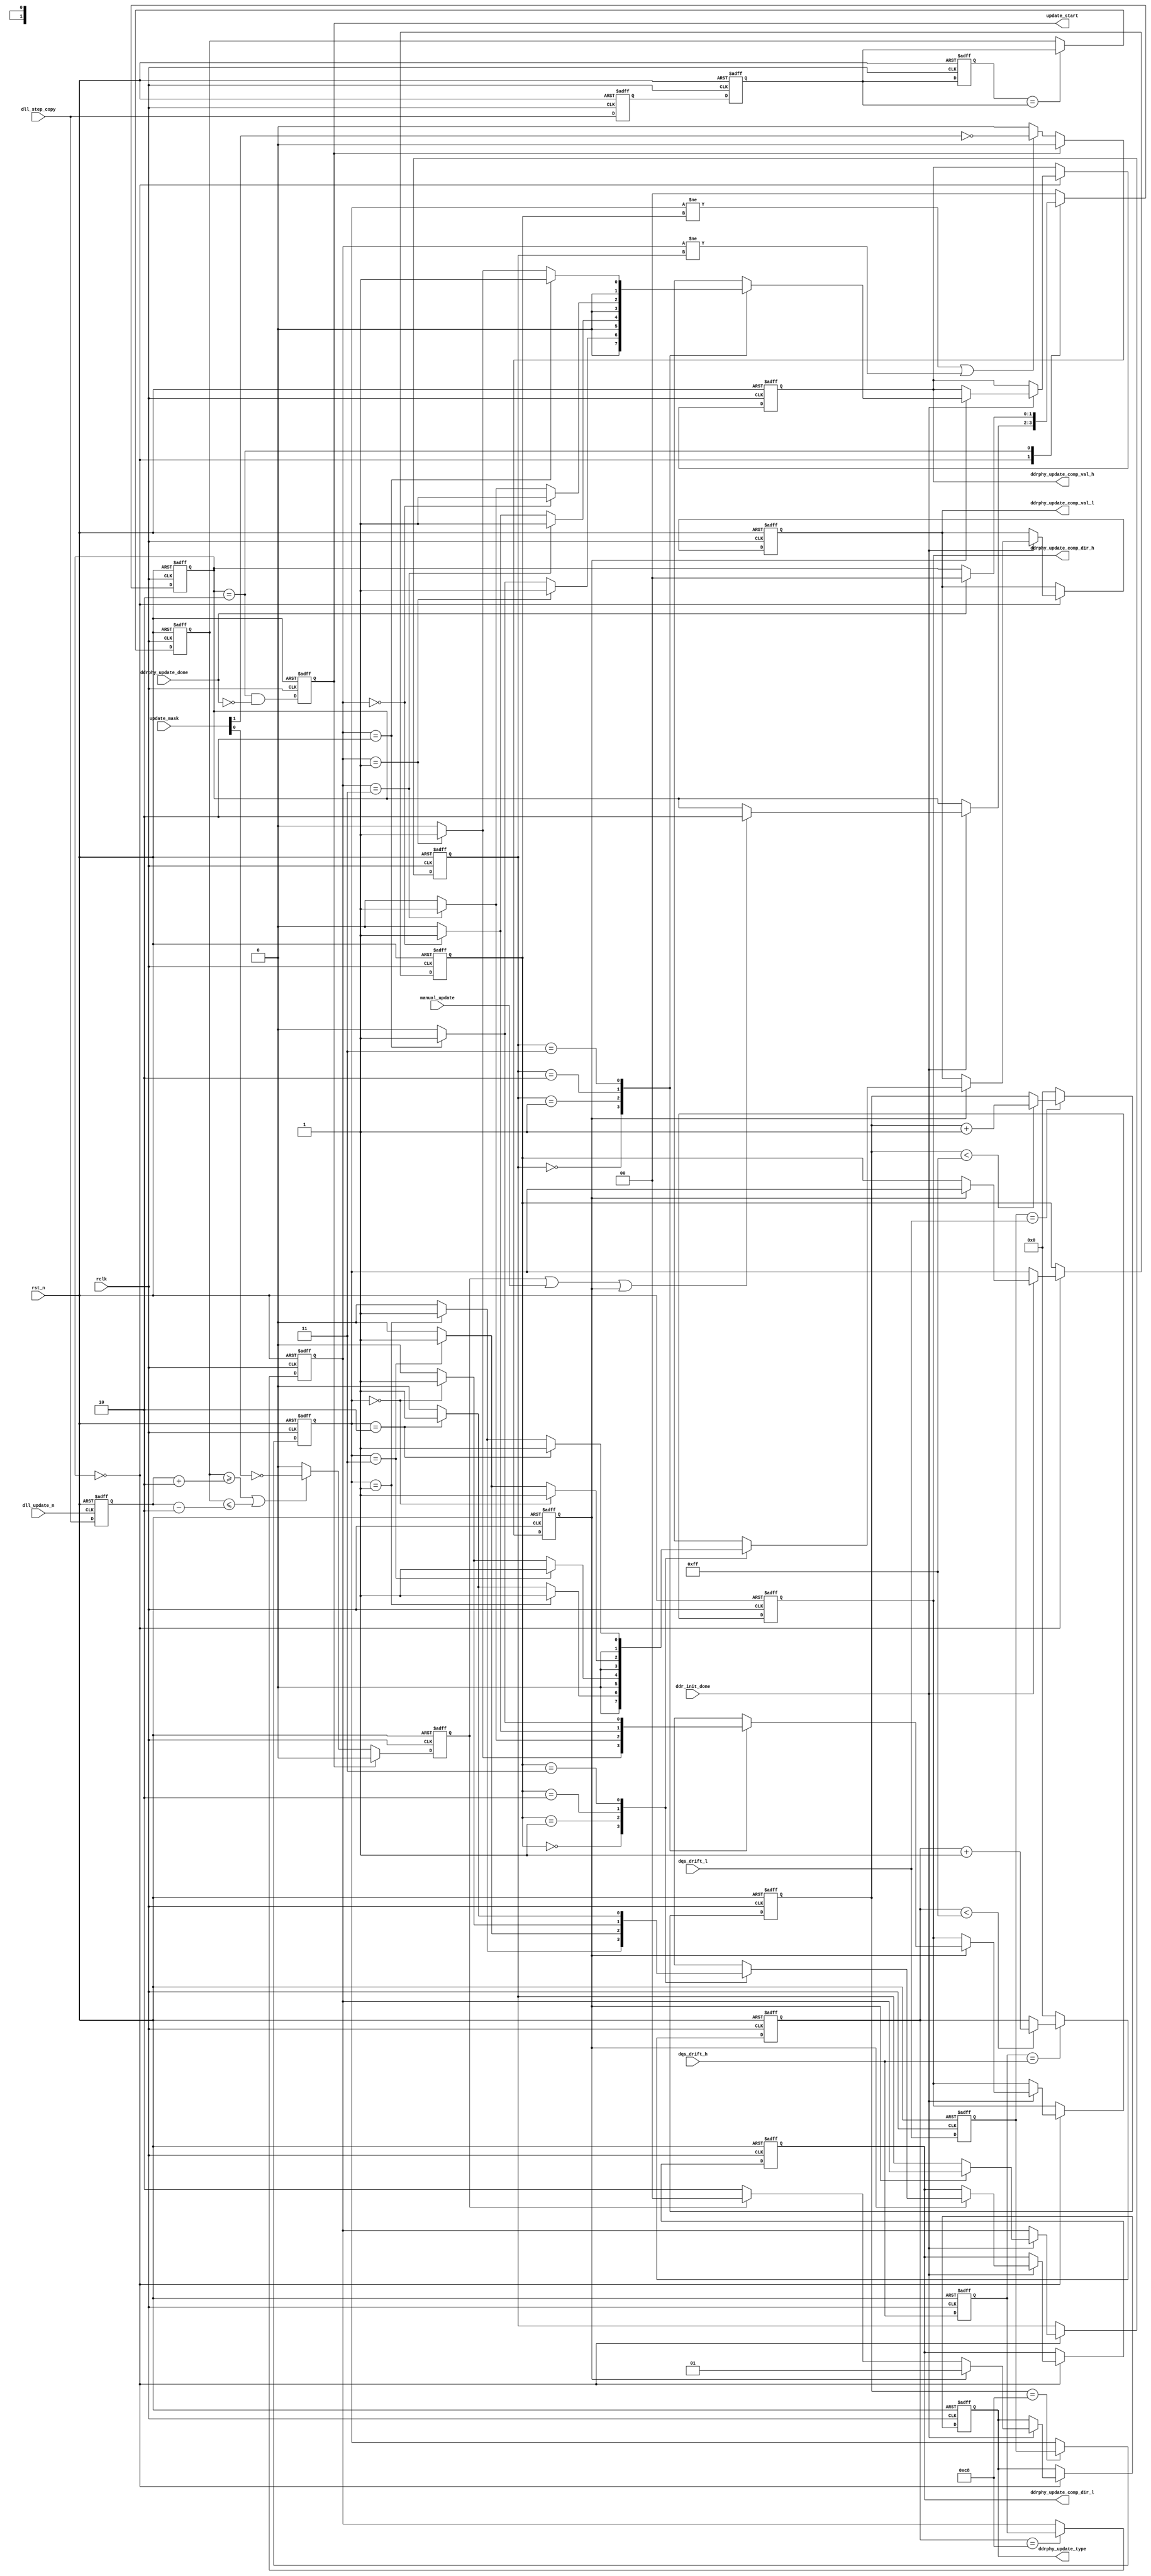
module ipsl_ddrphy_update_ctrl #(
parameter  DATA_WIDTH   ="16BIT" //"16BIT","8BIT"
)(
input rclk,
input rst_n,
input dll_update_n,
input ddr_init_done,
input [7:0] dll_step_copy, //from DLL to monitor outputs
input [1:0] dqs_drift_l,
input [1:0] dqs_drift_h,
input  manual_update,
input  [2:0] update_mask,
output reg update_start,
output reg [1:0] ddrphy_update_type,
output reg [1:0] ddrphy_update_comp_val_l,
output reg ddrphy_update_comp_dir_l,
output reg [1:0] ddrphy_update_comp_val_h ,
output reg ddrphy_update_comp_dir_h,
input  ddrphy_update_done
);

localparam DLL_OFFSET = 2; //offset between dll_step&dll_step_copy for dll_update generation
localparam IDLE       = 0;
localparam REQ        = 1;
localparam UPDATE     = 2;
localparam WAIT_END   = 3;

localparam DQSH_REQ_EN = (DATA_WIDTH=="16BIT") ? 1'b1 : 1'b0;

reg [7:0] last_dll_step;
reg [7:0] dll_step_copy_d1;
reg [7:0] dll_step_copy_d2;
reg [7:0] dll_step_copy_d3;
reg [7:0] dll_step_copy_synced;
reg [1:0] dqs_drift_l_d1;
reg [1:0] dqs_drift_h_d1;
reg [7:0] dqs_drift_l_cnt;
reg [7:0] dqs_drift_h_cnt;
reg [1:0] dqs_drift_l_now;
reg [1:0] dqs_drift_h_now;
reg [1:0] dqs_drift_l_last;
reg [1:0] dqs_drift_h_last;
reg dll_req;
reg dqsi_dpi_mon_req;
reg dly_loop_mon_req;
reg [1:0] state;
reg dqs_drift_req;

reg [1:0] ddrphy_update_comp_val_l_reg;
reg ddrphy_update_comp_dir_l_reg;
reg [1:0] ddrphy_update_comp_val_h_reg ;
reg ddrphy_update_comp_dir_h_reg;

always @(posedge dll_update_n or negedge rst_n)
if(!rst_n)begin
    last_dll_step <= 8'd0;
end
else begin
    last_dll_step <= dll_step_copy;
end
//**********************************************************************************************************************
//DLL update request generation
always @(posedge rclk or negedge rst_n)
   if (!rst_n) begin
   	dll_step_copy_d1     <= 8'd0;
   	dll_step_copy_d2     <= 8'd0;
   	dll_step_copy_d3     <= 8'd0;
   	dll_step_copy_synced <= 8'd0;
   end
   else begin
   	dll_step_copy_d1     <= dll_step_copy;
   	dll_step_copy_d2     <= dll_step_copy_d1;
   	dll_step_copy_d3     <= dll_step_copy_d2;
      //assume that dll_step_copy will not updated continuously
   	if (dll_step_copy_d3 == dll_step_copy_d2)
         dll_step_copy_synced <= dll_step_copy_d2;
   end


wire [7:0] dll_step_minus = last_dll_step - DLL_OFFSET;
wire [7:0] dll_step_plus  = last_dll_step + DLL_OFFSET;

always @(posedge rclk or negedge rst_n)
   if (!rst_n) begin
   	dll_req <= 1'b0;
   end
   else begin
   	if (~update_start) begin
         if ((dll_step_copy_synced >= dll_step_plus) || (dll_step_copy_synced <= dll_step_minus))
            dll_req <= ~update_mask[0];
         else
         dll_req <= 1'b0;
   	end
   	else begin
         dll_req <= 1'b0;
   	end
   end




always @(posedge rclk or negedge rst_n)
begin
 if (!rst_n) begin
 dqs_drift_l_d1 <= 2'b00;
 dqs_drift_l_cnt<= 8'd0; 
 dqs_drift_l_now <= 2'b00;       
  end
  else begin
 dqs_drift_l_d1 <= dqs_drift_l;    
 if(dqs_drift_l_d1==dqs_drift_l) begin
    if(dqs_drift_l_cnt < 8'd255) 
    dqs_drift_l_cnt <= dqs_drift_l_cnt + 8'd1;
end
else dqs_drift_l_cnt <= 8'd0;
 if(dqs_drift_l_cnt == 8'd200)
 dqs_drift_l_now <= dqs_drift_l_d1;
end
end

always @(posedge rclk or negedge rst_n)
begin
 if (!rst_n) begin
 dqs_drift_h_d1 <= 2'b00;
 dqs_drift_h_cnt<= 8'd0; 
 dqs_drift_h_now <= 2'b00;       
  end
  else begin
 dqs_drift_h_d1 <= dqs_drift_h;    
 if(dqs_drift_h_d1==dqs_drift_h) begin
    if(dqs_drift_h_cnt < 8'd255)
    dqs_drift_h_cnt <= dqs_drift_h_cnt + 8'd1;
end
else dqs_drift_h_cnt <= 8'd0;
 if(dqs_drift_h_cnt == 8'd200)
 dqs_drift_h_now <= dqs_drift_h_d1;
end
end


always @(posedge rclk or negedge rst_n)
   if (!rst_n) begin
   	dqs_drift_req <= 1'b0;
   end
   else begin
   	if (~update_start) begin
         if ((dqs_drift_l_now != dqs_drift_l_last)||((dqs_drift_h_now != dqs_drift_h_last) & DQSH_REQ_EN))
         begin
            dqs_drift_req <= ~update_mask[1];
       end 
       else
           dqs_drift_req <= 0;
   	end
   	else begin
         dqs_drift_req <= 1'b0;
   	end
   end

always @(dqs_drift_l_last or dqs_drift_l_now)
begin
    case (dqs_drift_l_last)
        2'b00:begin
            if (dqs_drift_l_now == 2'b01) begin
               ddrphy_update_comp_val_l_reg <= 2'b1;
               ddrphy_update_comp_dir_l_reg <= 1'b1; 
            end
            else if (dqs_drift_l_now == 2'b10) begin
               ddrphy_update_comp_val_l_reg <= 2'b1;
               ddrphy_update_comp_dir_l_reg <= 1'b0;                 
            end
            else begin
               ddrphy_update_comp_val_l_reg <= 2'b0;
               ddrphy_update_comp_dir_l_reg <= 1'b0;  
            end
        end
        2'b01:begin
             if (dqs_drift_l_now == 2'b11) begin
               ddrphy_update_comp_val_l_reg <= 2'b1;
               ddrphy_update_comp_dir_l_reg <= 1'b1; 
            end
            else if (dqs_drift_l_now == 2'b00) begin
               ddrphy_update_comp_val_l_reg <= 2'b1;
               ddrphy_update_comp_dir_l_reg <= 1'b0;                 
            end
            else begin
               ddrphy_update_comp_val_l_reg <= 2'b0;
               ddrphy_update_comp_dir_l_reg <= 1'b0;  
            end
        end
        2'b10:begin
             if (dqs_drift_l_now == 2'b00) begin
               ddrphy_update_comp_val_l_reg <= 2'b1;
               ddrphy_update_comp_dir_l_reg <= 1'b1; 
            end
            else if (dqs_drift_l_now == 2'b11) begin
               ddrphy_update_comp_val_l_reg <= 2'b1;
               ddrphy_update_comp_dir_l_reg <= 1'b0;                 
            end
            else begin
               ddrphy_update_comp_val_l_reg <= 2'b0;
               ddrphy_update_comp_dir_l_reg <= 1'b0;  
            end            
        end
        2'b11:begin
             if (dqs_drift_l_now == 2'b10) begin
               ddrphy_update_comp_val_l_reg <= 2'b1;
               ddrphy_update_comp_dir_l_reg <= 1'b1; 
            end
            else if (dqs_drift_l_now == 2'b01) begin
               ddrphy_update_comp_val_l_reg <= 2'b1;
               ddrphy_update_comp_dir_l_reg <= 1'b0;                 
            end
            else begin
               ddrphy_update_comp_val_l_reg <= 2'b0;
               ddrphy_update_comp_dir_l_reg <= 1'b0;  
            end            
        end
        default: begin
               ddrphy_update_comp_val_l_reg <= 2'b0;
               ddrphy_update_comp_dir_l_reg <= 1'b0;             
        end
    endcase        
end


always @(dqs_drift_h_last or dqs_drift_h_now)
begin
    case (dqs_drift_h_last)
        2'b00:begin
            if (dqs_drift_h_now == 2'b01) begin
               ddrphy_update_comp_val_h_reg <= 2'b1;
               ddrphy_update_comp_dir_h_reg <= 1'b1; 
            end
            else if (dqs_drift_h_now == 2'b10) begin
               ddrphy_update_comp_val_h_reg <= 2'b1;
               ddrphy_update_comp_dir_h_reg <= 1'b0;                 
            end
            else begin
               ddrphy_update_comp_val_h_reg <= 2'b0;
               ddrphy_update_comp_dir_h_reg <= 1'b0;  
            end
        end
        2'b01:begin
             if (dqs_drift_h_now == 2'b11) begin
               ddrphy_update_comp_val_h_reg <= 2'b1;
               ddrphy_update_comp_dir_h_reg <= 1'b1; 
            end
            else if (dqs_drift_h_now == 2'b00) begin
               ddrphy_update_comp_val_h_reg <= 2'b1;
               ddrphy_update_comp_dir_h_reg <= 1'b0;                 
            end
            else begin
               ddrphy_update_comp_val_h_reg <= 2'b0;
               ddrphy_update_comp_dir_h_reg <= 1'b0;  
            end
        end
        2'b10:begin
             if (dqs_drift_h_now == 2'b00) begin
               ddrphy_update_comp_val_h_reg <= 2'b1;
               ddrphy_update_comp_dir_h_reg <= 1'b1; 
            end
            else if (dqs_drift_h_now == 2'b11) begin
               ddrphy_update_comp_val_h_reg <= 2'b1;
               ddrphy_update_comp_dir_h_reg <= 1'b0;                 
            end
            else begin
               ddrphy_update_comp_val_h_reg <= 2'b0;
               ddrphy_update_comp_dir_h_reg <= 1'b0;  
            end            
        end
        2'b11:begin
             if (dqs_drift_h_now == 2'b10) begin
               ddrphy_update_comp_val_h_reg <= 2'b1;
               ddrphy_update_comp_dir_h_reg <= 1'b1; 
            end
            else if (dqs_drift_h_now == 2'b01) begin
               ddrphy_update_comp_val_h_reg <= 2'b1;
               ddrphy_update_comp_dir_h_reg <= 1'b0;                 
            end
            else begin
               ddrphy_update_comp_val_h_reg <= 2'b0;
               ddrphy_update_comp_dir_h_reg <= 1'b0;  
            end            
        end
        default: begin
               ddrphy_update_comp_val_h_reg <= 2'b0;
               ddrphy_update_comp_dir_h_reg <= 1'b0;             
        end
    endcase        
end

//phy-initiated update interface
always @(posedge rclk or negedge rst_n)
   if (!rst_n) begin
      state   <= IDLE;
      ddrphy_update_type <= 2'b10;
      dqs_drift_l_last <= 2'b0;
      dqs_drift_h_last <= 2'b0;
      ddrphy_update_comp_val_l <= 2'b0;
      ddrphy_update_comp_dir_l <= 1'b0; 
      ddrphy_update_comp_val_h <= 2'b0;
      ddrphy_update_comp_dir_h <= 1'b0;
   end
   else begin
      case (state)
         IDLE: begin
            if(ddr_init_done) begin
            if (dll_req | manual_update | dqs_drift_req)
               state <= UPDATE;
            if(dqs_drift_req) begin
               ddrphy_update_comp_val_l <= ddrphy_update_comp_val_l_reg;
               ddrphy_update_comp_dir_l <= ddrphy_update_comp_dir_l_reg; 
               ddrphy_update_comp_val_h <= ddrphy_update_comp_val_h_reg;
               ddrphy_update_comp_dir_h <= ddrphy_update_comp_dir_h_reg;
               dqs_drift_l_last <= dqs_drift_l_now;
               dqs_drift_h_last <= dqs_drift_h_now; 
            end
             if(dqs_drift_req)
             ddrphy_update_type <= 2'b01;
             else if(dll_req)
             ddrphy_update_type <= 2'b00;
             else if(manual_update)
             ddrphy_update_type <= 2'b10;
             else 
             ddrphy_update_type <= 2'b10;
            end
            else begin
                 dqs_drift_l_last <= dqs_drift_l_now;
                 dqs_drift_h_last <= dqs_drift_h_now;
            end            
         end
         UPDATE: begin
            if (ddrphy_update_done)
               state <= IDLE;
         end
         default: begin
            state <= IDLE;
        end
      endcase
   end
   
always @(posedge rclk or negedge rst_n)
   if (!rst_n) begin
//      dfi_phyupd_req <= 1'b0;
      update_start   <= 1'b0;
   end
   else begin
//      dfi_phyupd_req <= (state == REQ) || (state == UPDATE);
      update_start   <= ((state == UPDATE)) && (~ddrphy_update_done);
   end
   
endmodule